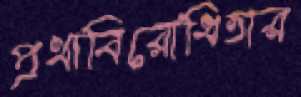
প্রথাবিরোধিতার